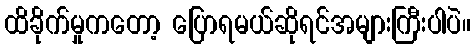
ထိခိုက်မှုကတော့ ပြောရမယ်ဆိုရင်အများကြီးပါပဲ။